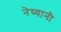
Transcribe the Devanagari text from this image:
नेच्यानी